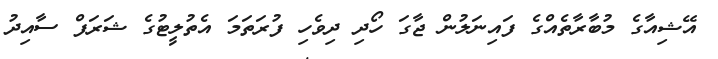
އޭޝިއާގެ މުބާރާތެއްގެ ފައިނަލުން ޖާގަ ހޯދި ދިވެހި ފުރަތަމަ އެތުލީޓުގެ ޝަރަފް ސާއިދު